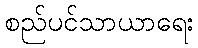
စည်ပင်သာယာရေး